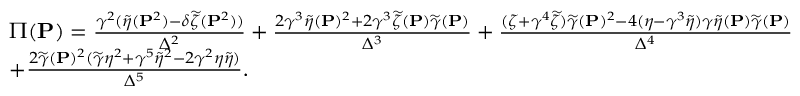
\begin{array} { r l } & { \Pi ( { \mathbf { P } } ) = \frac { \gamma ^ { 2 } ( \widetilde { \eta } ( { \mathbf { P } } ^ { 2 } ) - \delta \widetilde { \zeta } ( { \mathbf { P } } ^ { 2 } ) ) } { \Delta ^ { 2 } } + \frac { 2 \gamma ^ { 3 } \widetilde { \eta } ( { \mathbf { P } } ) ^ { 2 } + 2 \gamma ^ { 3 } \widetilde { \zeta } ( { \mathbf { P } } ) \widetilde { \gamma } ( { \mathbf { P } } ) } { \Delta ^ { 3 } } + \frac { ( \zeta + \gamma ^ { 4 } \widetilde { \zeta } ) \widetilde { \gamma } ( { \mathbf { P } } ) ^ { 2 } - 4 ( \eta - \gamma ^ { 3 } \widetilde { \eta } ) \gamma \widetilde { \eta } ( { \mathbf { P } } ) \widetilde { \gamma } ( { \mathbf { P } } ) } { \Delta ^ { 4 } } } \\ & { + \frac { 2 \widetilde { \gamma } ( { \mathbf { P } } ) ^ { 2 } ( \widetilde { \gamma } \eta ^ { 2 } + \gamma ^ { 5 } \widetilde { \eta } ^ { 2 } - 2 \gamma ^ { 2 } \eta \widetilde { \eta } ) } { \Delta ^ { 5 } } . } \end{array}